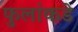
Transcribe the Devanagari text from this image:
फुलांकडे